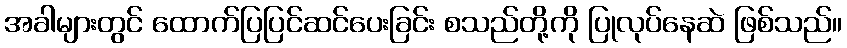
အခါများတွင် ထောက်ပြပြင်ဆင်ပေးခြင်း စသည်တို့ကို ပြုလုပ်နေဆဲ ဖြစ်သည်။